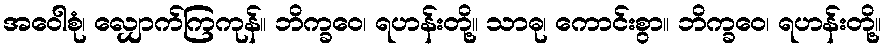
အဝေါစုံ၊ လျှောက်ကြကုန်။ ဘိက္ခဝေ၊ ရဟန်းတို့။ သာဓု၊ ကောင်းစွာ။ ဘိက္ခဝေ၊ ရဟန်းတို့။